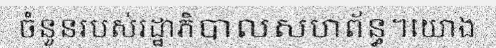
ចំនួនរបស់រដ្ឋាភិបាលសហព័ន្ធ។យោង